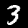
Label: 3